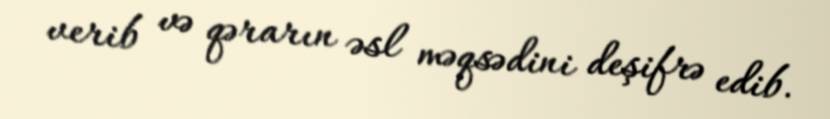
verib və qərarın əsl məqsədini deşifrə edib.